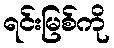
ရင်းမြစ်ကို